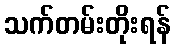
သက်တမ်းတိုးရန်